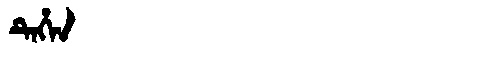
Manchu: ᡨᡝᡥᡝᠨ
Romanization: TEHEN